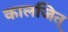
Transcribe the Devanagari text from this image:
कालजित्‌